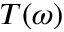
T ( \omega )